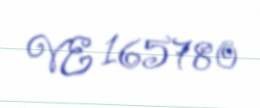
VE 165780